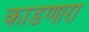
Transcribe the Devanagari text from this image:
काडणारा